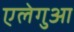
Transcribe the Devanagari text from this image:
एलेगुआ